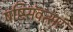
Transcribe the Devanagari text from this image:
षष्टिसंवत्सर